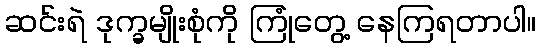
ဆင်းရဲ ဒုက္ခမျိုးစုံကို ကြုံတွေ့ နေကြရတာပါ။